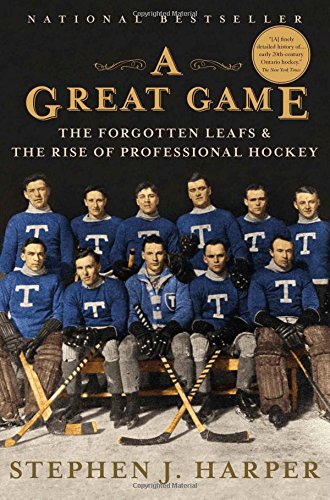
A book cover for A Great Game: The Forgotten Leafs & the Rise of Professional Hockey; Stephen J. Harper; Sports & Outdoors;